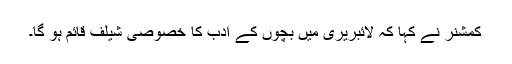
کمشنر نے کہا کہ لائبریری میں بچوں کے ادب کا خصوصی شیلف قائم ہو گا۔